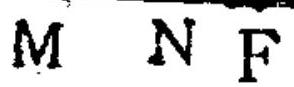
$M\ N\ F$